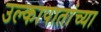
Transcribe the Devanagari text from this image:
उल्कापातांच्या